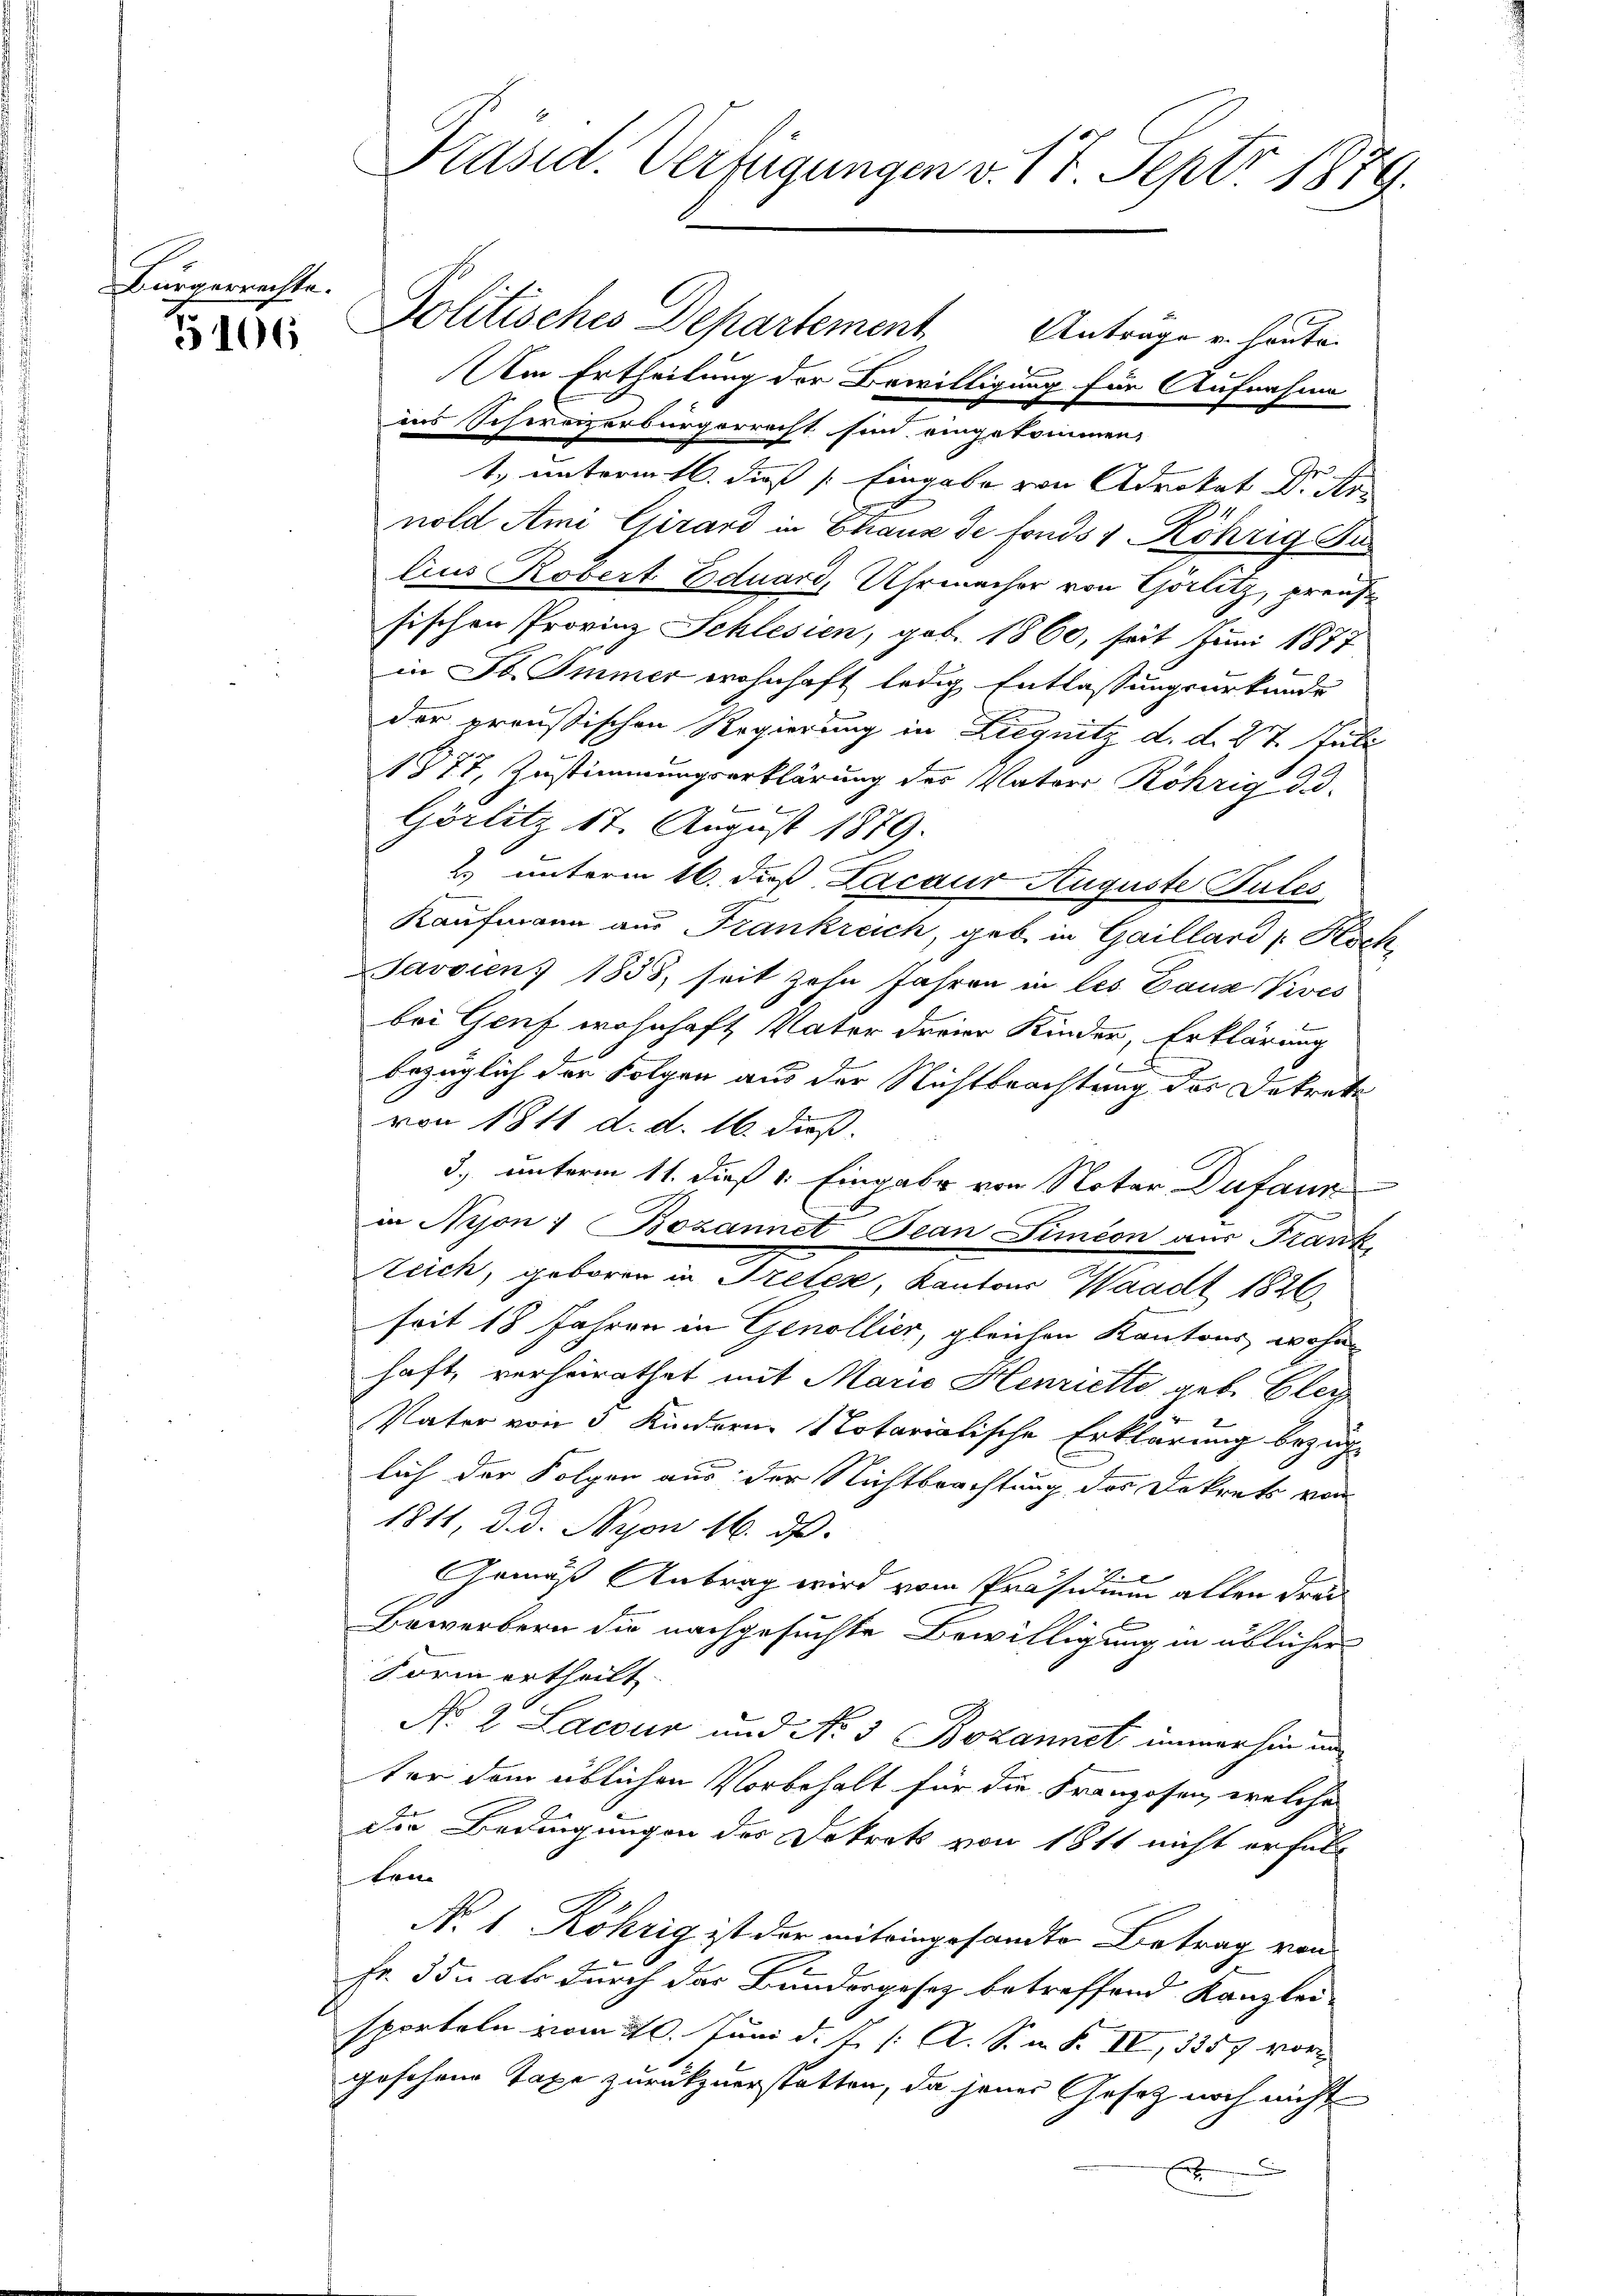
Bürgerrechte.

3106

Präsid. Vertigungen v. 17. Septo 1879.

Politisches Departement Anträge u. heute
m Ertheilung der Bewilligung für Aufnahme
ins schweizerbürgerrecht sind eingekommen,
e
f
1. unterm 16. dieß (: Eingabe von Advokat v. Ar
nold Ami Girard in Chaux de fonds 7 Röhrig Au
lius Robert Eduard, Uhrmacher von Görlitz, preußsischen Provinz Schlesien, geb. 1860, seit Juni 1877
in St. Immer wohnhaft ledig Entlassungsurkunde
der preußischen Regierung in Liegnitz d. d. 27. Juli
1877, Zustimmungserklärung des Vaters Röhrig d
1
Görlitz 17. August 1879.
2. unterm 16. daß Lacaur Auguste Pules
Kaufmann aus Frankreich, geb. in Gaillard Hoch
Javvien) 1833, seit zehn Jahren in les Daus Vives
bei Genf wohnhaft Vater dreier Kinder, Erklärung
2
bezüglich der Folgen aus der Nichtbrachtung des Dekrete
von 1811 d. d. 16. dieß.
3. unterm 11. dieß v. Eingabe von Notar Dufann
in Nyon 7 Bozannet Bean Simeon aus Frank
Reich, geboren in Treten, Kantons Waadt 1826.
seit 18 Jahren in Genollier, gleichen Kantons wohnhaft, verheirathet mit Marie Henriette geb. Glei
Vater von 3 Kindern Notarialische Erklärung bezüglich der Folgen aus der Nichtbrachtung des Dekrets von
1811, d. d. Nyon 16. ds.
Gemäß Antrag wird vom Präsidium allen Frei¬
Bewerbern die nachgesuchte Bewilligung in üblicher
Form ertheilt.
No 2 Lacour und No 3 Bozannet immerhin und
ter dem üblichen Vorbehalt für die Franzosen, welche
die Bedingungen des Dekrets von 1811 nicht erfüll
ten
N. 1. Röhrig ist der miteingesandte Betrag von
e
Fr. 35. als durch das Bundesgesez betreffend Kanzlei-
sporteln vom 20. Juni d. J. /: A. S. n. F. IV, 3357 vor
geschene Taxe zurückzuerstatten, da jener Gesetz noch nicht
J
x